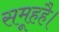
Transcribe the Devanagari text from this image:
समूहहै।